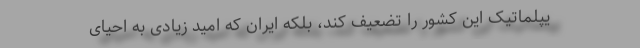
یپلماتیک این کشور را تضعیف کند، بلکه ایران که امید زیادی به احیای